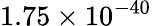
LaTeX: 1.75\times 10^{-40}